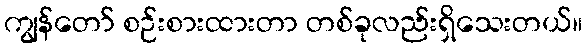
ကျွန်တော် စဉ်းစားထားတာ တစ်ခုလည်းရှိသေးတယ်။